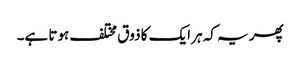
پھر یہ کہ ہر ایک کا ذوق مختلف ہوتا ہے۔